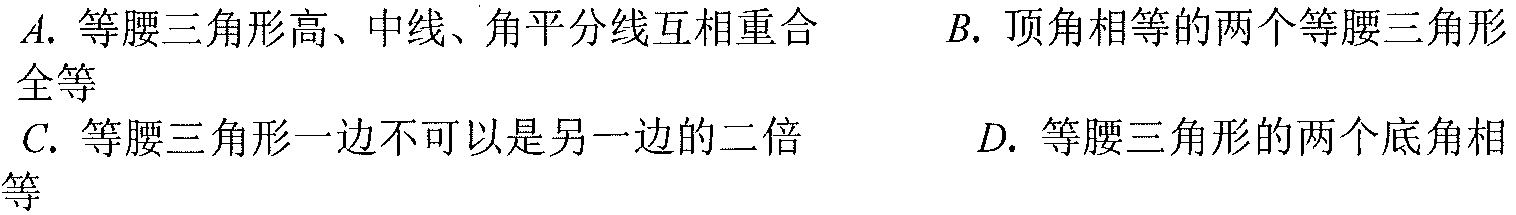
A. 等腰三角形高、中线、角平分线互相重合  B. 顶角相等的两个等腰三角形
全等
C. 等腰三角形一边不可以是另一边的二倍  D. 等腰三角形的两个底角相
等